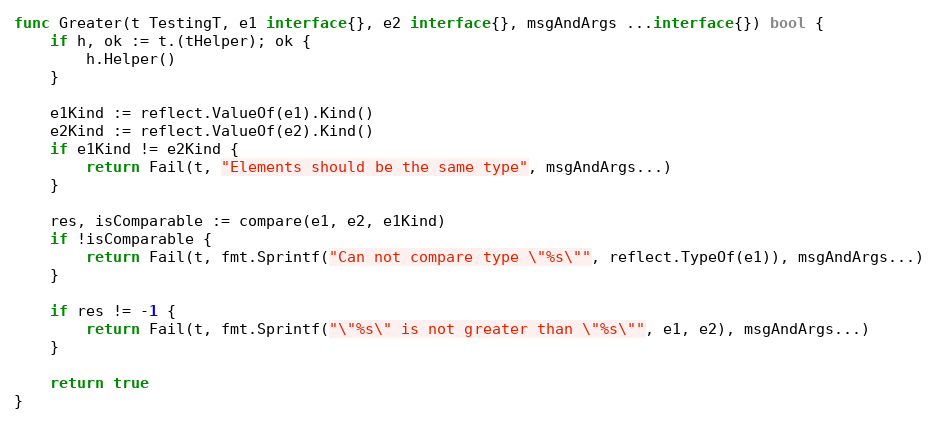
Language: Go
func Greater(t TestingT, e1 interface{}, e2 interface{}, msgAndArgs ...interface{}) bool {
	if h, ok := t.(tHelper); ok {
		h.Helper()
	}

	e1Kind := reflect.ValueOf(e1).Kind()
	e2Kind := reflect.ValueOf(e2).Kind()
	if e1Kind != e2Kind {
		return Fail(t, "Elements should be the same type", msgAndArgs...)
	}

	res, isComparable := compare(e1, e2, e1Kind)
	if !isComparable {
		return Fail(t, fmt.Sprintf("Can not compare type \"%s\"", reflect.TypeOf(e1)), msgAndArgs...)
	}

	if res != -1 {
		return Fail(t, fmt.Sprintf("\"%s\" is not greater than \"%s\"", e1, e2), msgAndArgs...)
	}

	return true
}